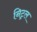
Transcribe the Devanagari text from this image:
निट्रल